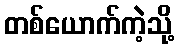
တစ်ယောက်ကဲ့သို့